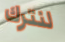
لنترك